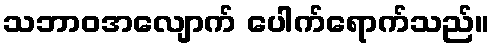
သဘာဝအလျောက် ပေါက်ရောက်သည်။